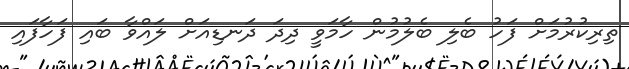
ތިރިކުރުމަށް ފަހު ބެލި ބެލުމުން ހާމަވީ ދިދަ ދަނޑިއަށް ލައްވާ ބައި ފަހާފައި